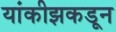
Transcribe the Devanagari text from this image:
यांकीझकडून